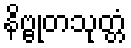
နိဗ္ဗုတသုတ္တံ